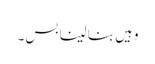
وہیں بنا لینا بس۔